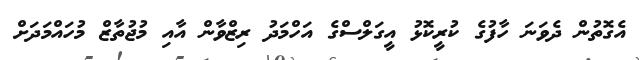
އެގޮތުން ދެވަނަ ހާފުގެ ކުރީކޮޅު އީގަލްސްގެ އަހްމަދު ރިޒްވާން އާއި މުޖުތާޒް މުހައްމަދަށް